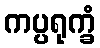
ကပ္ပရုက္ခံ